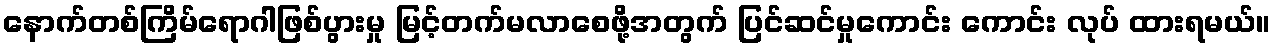
နောက်တစ်ကြိမ်ရောဂါဖြစ်ပွားမှု မြင့်တက်မလာစေဖို့အတွက် ပြင်ဆင်မှုကောင်း ကောင်း လုပ် ထားရမယ်။